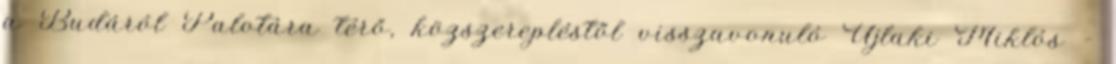
a Budáról Palotára térő, közszerepléstől visszavonuló Újlaki Miklós –